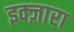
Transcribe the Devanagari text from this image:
इक्ज़ारा